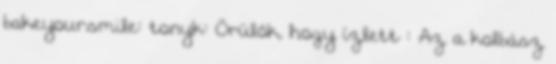
bakeyoursmile: tonyk: Örülök, hogy ízlett : Az a kolbász